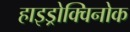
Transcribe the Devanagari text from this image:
हाइड्रोक्विनोक